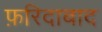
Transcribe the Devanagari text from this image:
फ़रिदाबाद